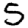
Digit: 5